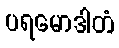
ပရမောဒါတံ